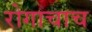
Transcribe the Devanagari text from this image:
रोगाचाच